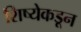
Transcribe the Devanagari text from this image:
शिष्येकडून